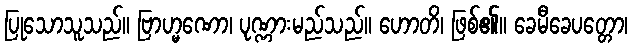
ပြုသောသူသည်။ ဗြာဟ္မဏော၊ ပုဏ္ဏားမည်သည်။ ဟောတိ၊ ဖြစ်၏။ ခေမီခေပတ္တော၊